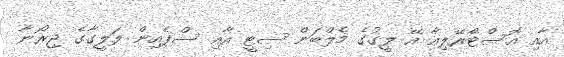
އާއި އޮސްޓްރޭލިއާ އޭ ލީގުގެ މެލްބަން ސިޓީ އާއި ސްޕެއިން ލަލީގާގެ ޖިރޯނާ